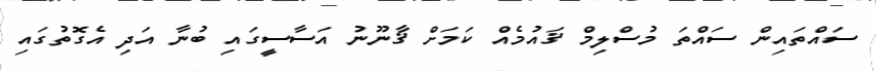
ސައްތައިން ސައްތަ މުސްލިމް ޤައުމެއް ކަމަށް ޤާނޫނު އަސާސީގައި ބުނާ އަދި އެގޮތުގައި